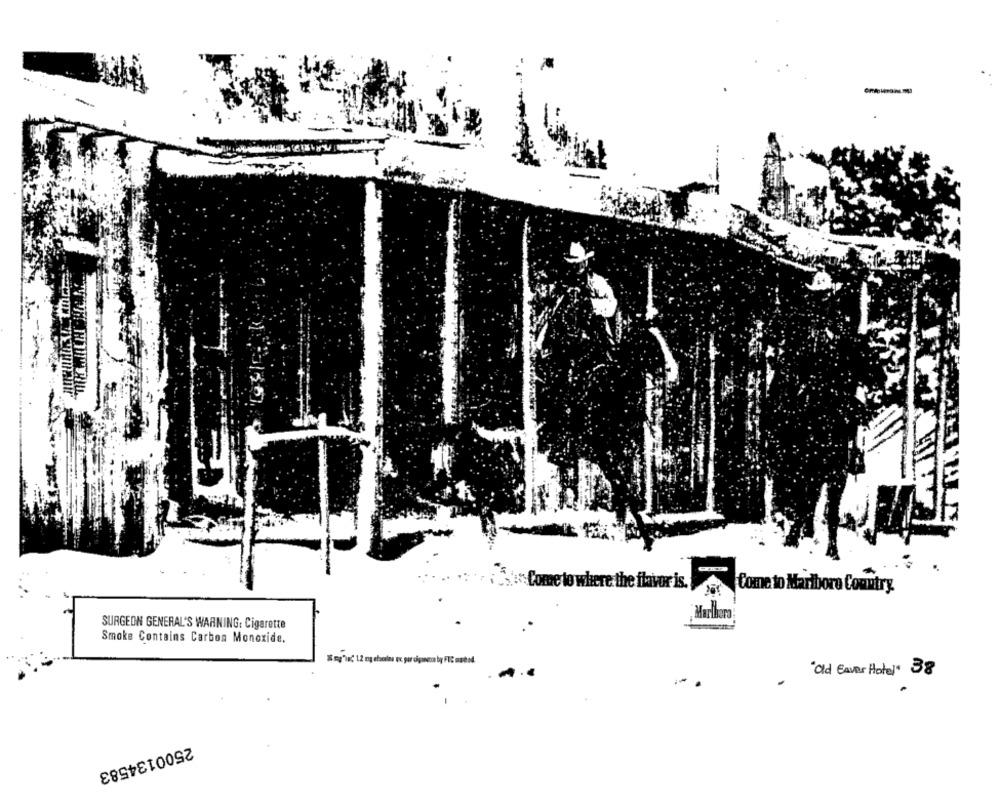
EN Su Come to where the flavor is.
Come to Marlboro Country.
Marlboro
SURGEON GENERAL'S WARNING: Cigarette
Smoke Contains Carbon Monoxide.
"Old Eaver Hotel" 38
2500134583